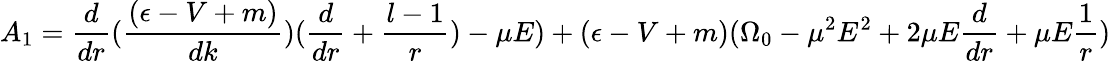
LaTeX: A_{1}=\frac{d}{dr}(\frac{(\epsilon-V+m)}{dk})(\frac{d}{dr}+\frac{l-1}{r})-\mu E)+(\epsilon-V+m)(\Omega_{0}-\mu^{2}E^{2}+2\mu E\frac{d}{dr}+\mu E\frac{1}{r})